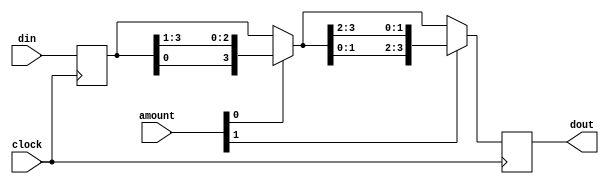
// Right rotator.
//


module rotate(clock,amount,din,dout);
    input	      clock;
    input [1:0] amount;
    input [3:0]    din;
    output [3:0]   dout;

    reg [3:0]      dout;
    reg [3:0]      inr;

    wire [3:0] tmp0;
    wire [3:0] tmp1;
    wire [3:0] tmp2;

    initial begin
	dout = 0;
	inr = 0;
    end

    assign tmp0 = inr;
    assign tmp1 = amount[0] ?
	{tmp0[0:0], tmp0[3:1]} : tmp0;
    assign tmp2 = amount[1] ?
	{tmp1[1:0], tmp1[3:2]} : tmp1;

    always @ (posedge clock) begin
	dout = tmp2;
	inr = din;
    end // always @ (posedge clock)

endmodule // rotate